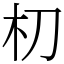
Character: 朷